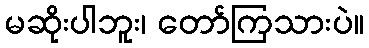
မဆိုးပါဘူး၊ တော်ကြသားပဲ။